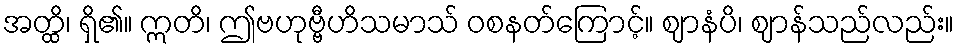
အတ္ထိ၊ ရှိ၏။ ဣတိ၊ ဤဗဟုဗ္ဗီဟိသမာသ် ဝစနတ်ကြောင့်။ ဈာနံပိ၊ ဈာန်သည်လည်း။